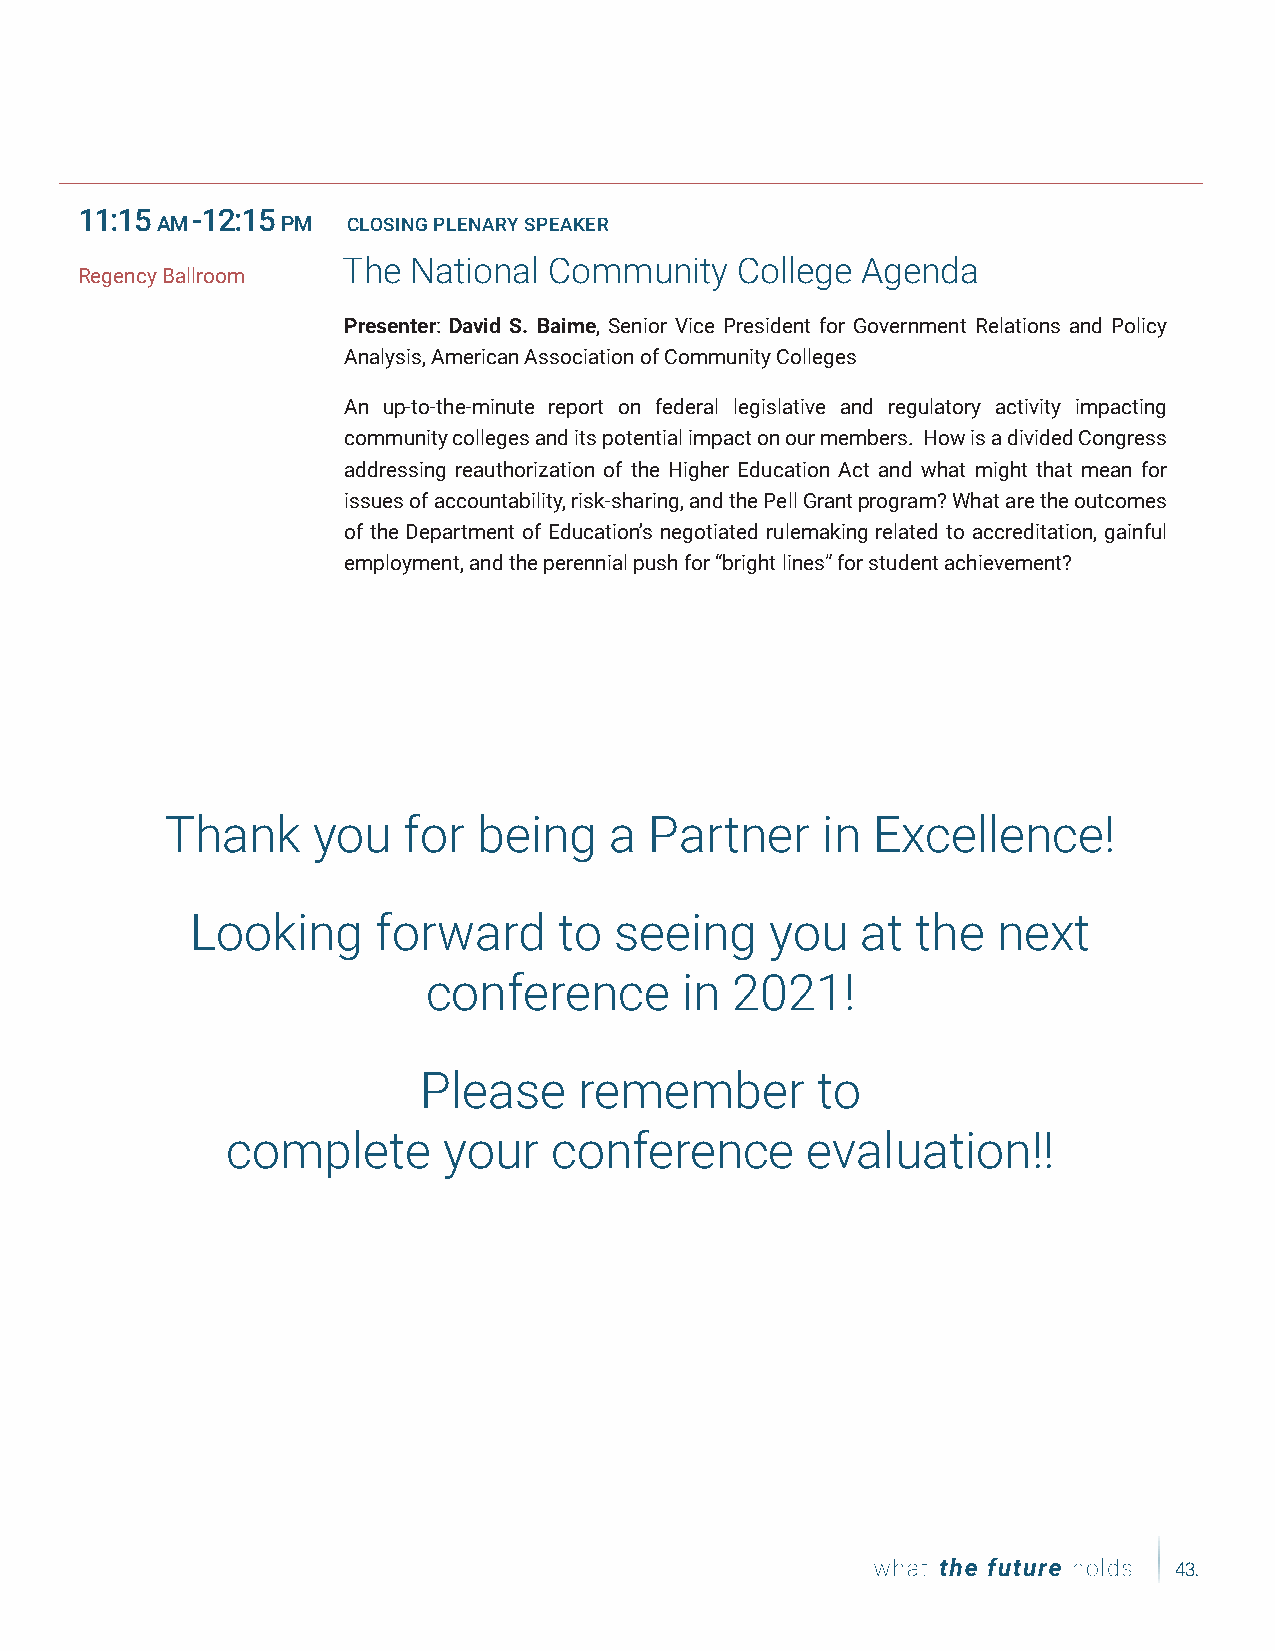
Date,   Date,  Date
 11:15   -12:15
 AM       PM  CLOSING PLENARY SPEAKER
 The National Community    College Agenda
 Regency Ballroom
 Presenter: David S. Baime, Senior Vice President for Government Relations and Policy
 Analysis, American Association of Community Colleges
 An up-to-the-minute report on federal legislative and regulatory activity impacting
 community colleges and its potential impact on our members. How is a divided Congress
 addressing reauthorization of the Higher Education Act and what might that mean for
 issues of accountability, risk-sharing, and the Pell Grant program? What are the outcomes
 of the Department of Education’s negotiated rulemaking related to accreditation, gainful
 employment, and the perennial push for “bright lines” for student achievement?
 Thank     you   for  being   a  Partner    in  Excellence!
 Looking     forward     to  seeing    you   at  the  next
 conference       in  2021!
 Please    remember        to
 complete      your   conference       evaluation!!
 43.